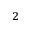
^ 2